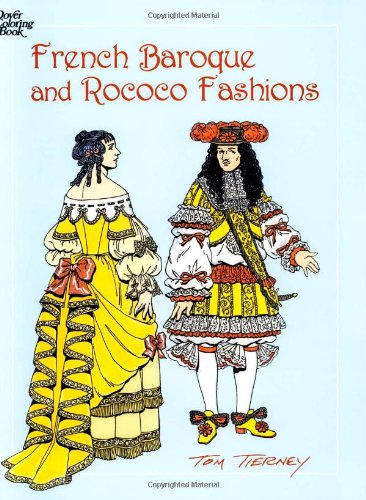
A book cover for French Baroque and Rococo Fashions (Dover Fashion Coloring Book); Tom Tierney; Crafts, Hobbies & Home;